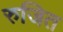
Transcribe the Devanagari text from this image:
रुजित